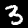
Digit: 3